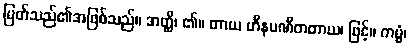
မြတ်သည်၏အဖြစ်သည်။ အတ္ထိ၊ ၏။ တာယ ဟီနပဏီတတာယ၊ ဖြင့်။ ကမ္မံ၊